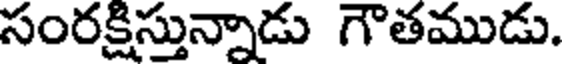
సంరక్షిస్తున్నాడు గౌతముడు.